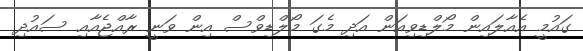
ގައުމީ އެއާލައިން މޯލްޑިވިއަން އަދި މެގަ މޯލްޑިވްސް އިން ވަނީ ރާއްޖެއާއި ސައުދި